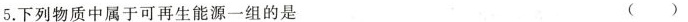
5.下列物质中属于可再生能源一组的是 ()